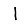
Digit: 1